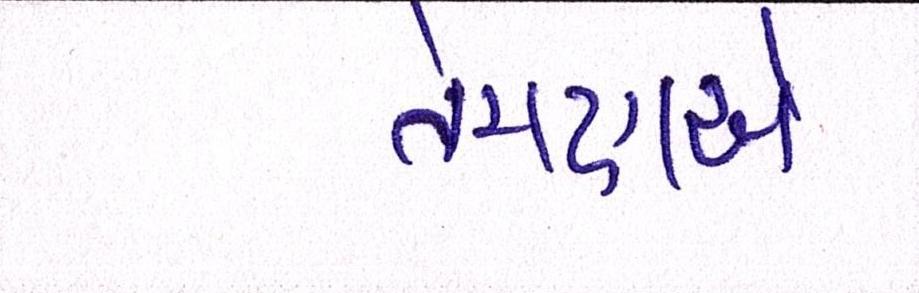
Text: તેમણએ